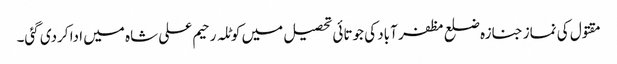
مقتول کی نماز جنازہ ضلع مظفر آباد کی جوتائی تحصیل میں کوٹلہ رحیم علی شاہ میں ادا کردی گئی۔